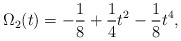
\begin{align*}\Omega_{2}(t)=-{1\over 8}+{1\over 4}t^{2}-{1\over 8}t^{4},\end{align*}